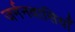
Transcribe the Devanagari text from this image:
जर्मनवासियाँ